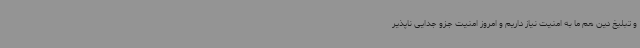
و تبلیغ دین هم ما به امنیت نیاز داریم و امروز امنیت جزو جدایی ناپذیر